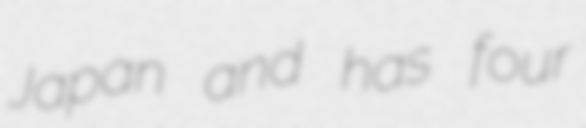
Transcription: Japan and has four